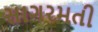
સાગરમતી